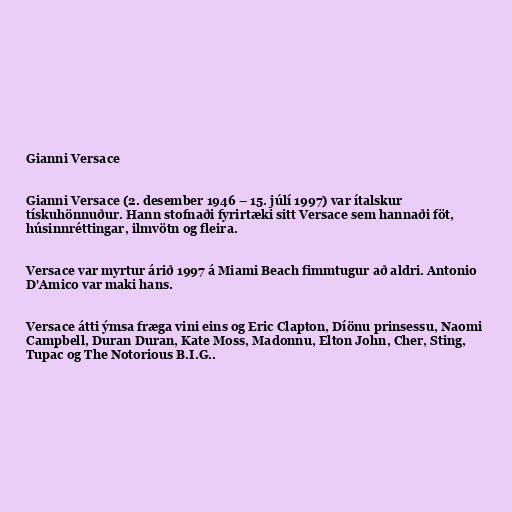
Gianni Versace

Gianni Versace (2. desember 1946 – 15. júlí 1997) var ítalskur
tískuhönnuður. Hann stofnaði fyrirtæki sitt Versace sem hannaði föt,
húsinnréttingar, ilmvötn og fleira.

Versace var myrtur árið 1997 á Miami Beach fimmtugur að aldri. Antonio
D'Amico var maki hans.

Versace átti ýmsa fræga vini eins og Eric Clapton, Díönu prinsessu, Naomi
Campbell, Duran Duran, Kate Moss, Madonnu, Elton John, Cher, Sting,
Tupac og The Notorious B.I.G..